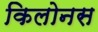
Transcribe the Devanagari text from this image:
किलोनस